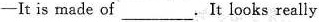
-It is made of____. It looks really